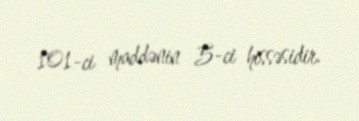
101-ci maddənin 5-ci hissəsidir.